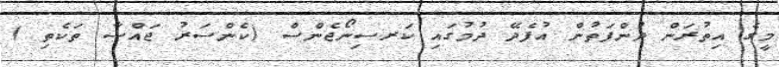
މީގެ އިތުރަން ދުންފަތުން އުފެދޭ ދުމުގައި ކަރސިނޯޖެންސް (ކެންސަރު ޖައްސާ ތަކެތި )